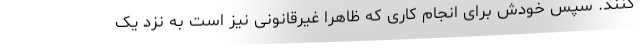
کنند. سپس خودش برای انجام کاری که ظاهرا غیرقانونی نیز است به نزد یک